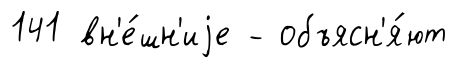
141 вн'е́шн'иjе - объясн'я́ют